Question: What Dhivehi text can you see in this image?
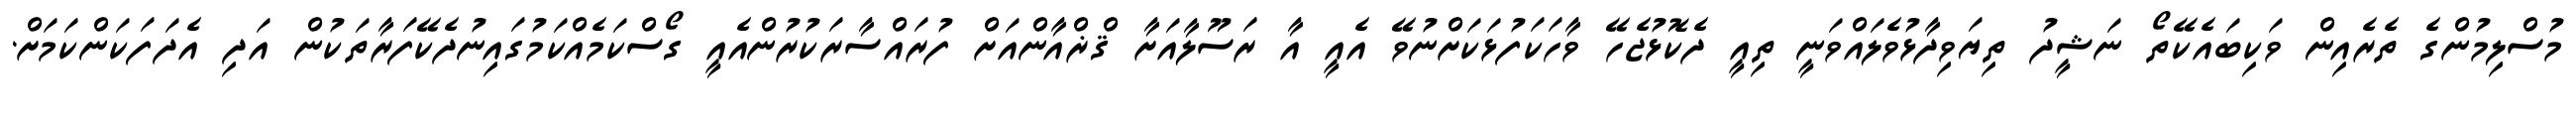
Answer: މުސްލިމުންގެ ތެރެއިން ވަކިބައެކޭތޯ ނަޝީދު ތިޔަވިދާޅުވެލައްވަނީ ތިއީ ދެކޮޅުޖެހޭ ވާހަކަފުޅަކަށްނުވޭ އެއީ އާ ރަސޫލާއަށާ ޤްޜްއާންއަށް ފުރައްސާރަކުރުންއެއީ ގޯސްކަމެއްކަމުގައިނުދެކޭފަރާތަކުން އަދި އެދަފަކަންކަމަށް.